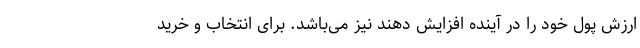
ارزش پول خود را در آینده افزایش دهند نیز می­‌باشد. برای انتخاب و خرید